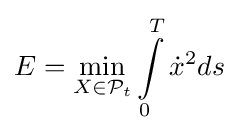
E=\min _{X\in {\mathcal {P}}_{t}}\int \limits _{0}^{T}{\dot {x}}^{2}ds